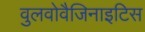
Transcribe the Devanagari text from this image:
वुलवोवैजिनाइटिस